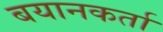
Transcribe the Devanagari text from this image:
बयानकर्ता